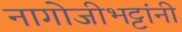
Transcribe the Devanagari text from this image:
नागोजीभट्टांनी